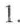
1